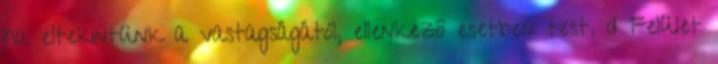
ha eltekintünk a vastagságától, ellenkezõ esetben test. d Felület